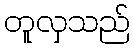
တူလှသည်